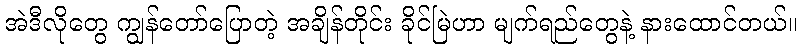
အဲဒီလိုတွေ ကျွန်တော်ပြောတဲ့ အချိန်တိုင်း ခိုင်မြဲဟာ မျက်ရည်တွေနဲ့ နားထောင်တယ်။